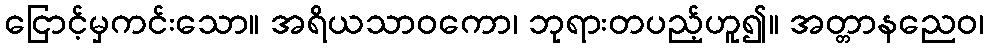
ငြောင့်မှကင်းသော။ အရိယသာဝကော၊ ဘုရားတပည့်ဟူ၍။ အတ္တာနညေဝ၊